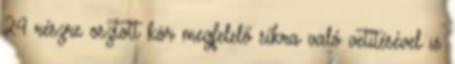
24 részre osztott kör megfelelő síkra való vetítésével is